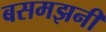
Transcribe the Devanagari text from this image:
बसमझनी